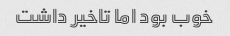
خوب بود اما تاخیر داشت